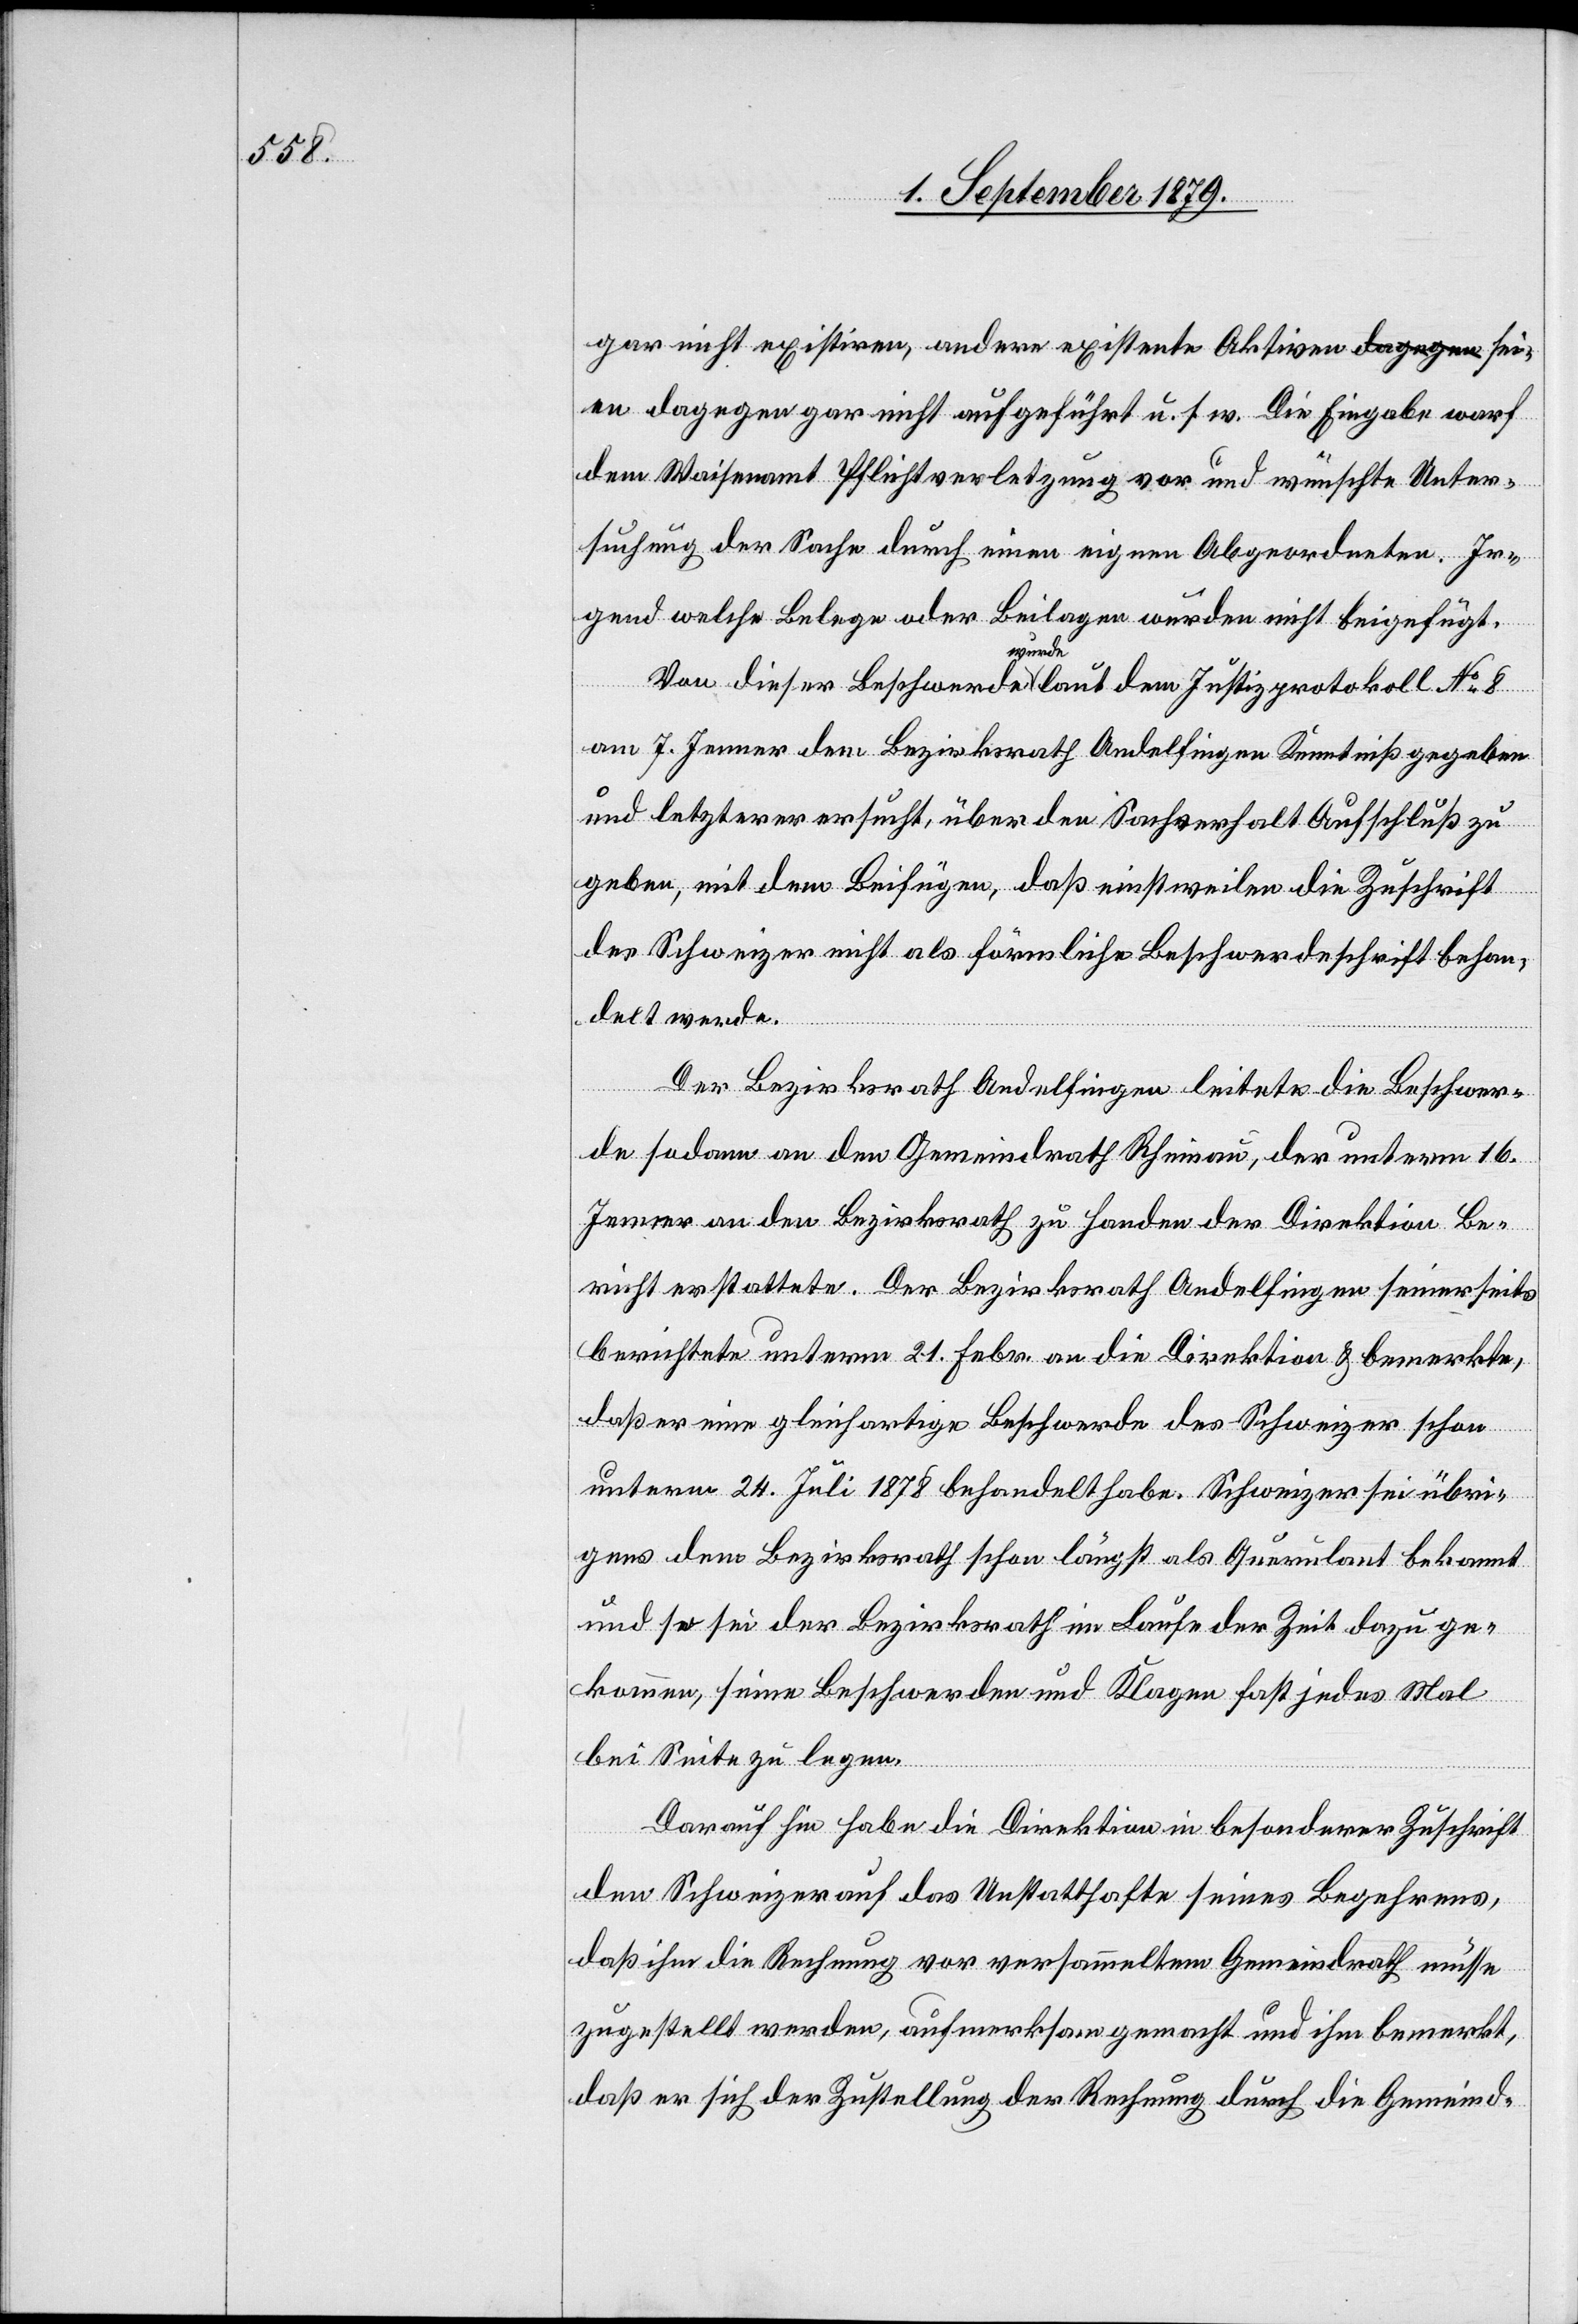
gar nicht existiren, andere existente Aktiven sei¬
en dagegen gar nicht aufgeführt u. s. w. Die Eingabe warf
dem Waisenamt Pflichtverletzung vor und wünschte Unter¬
suchung der Sache durch einen eigenen Abgeordneten. Ir¬
gend welche Belege oder Beilagen wurden nicht beigefügt.
Von dieser Beschwerde wurde laut dem Justizprotokoll No 8
am 7. Jenner dem Bezirksrath Andelfingen Kenntniß gegeben
und letzterer ersucht, über den Sachverhalt Aufschluß zu
geben, mit dem Beifügen, daß einstweilen die Zuschrift
des Schweizer nicht als förmliche Beschwerdeschrift behan¬
delt werde.
Der Bezirksrath Andelfingen leitete die Beschwer¬
de sodann an den Gemeindrath Rheinau, der unterm 16.
Jenner an den Bezirksrath zu Handen der Direktion Be¬
richt erstattete. Der Bezirksrath Andelfingen seinerseits
berichtete unterm 21. Febr. an die Direktion & bemerkte,
daß er eine gleichartige Beschwerde des Schweizer schon
unterm 24. Juli 1878 behandelt habe. Schweizer sei übri¬
gens dem Bezirksrath schon längst als Querulant bekannt
und so sei der Bezirksrath im Laufe der Zeit dazu ge¬
kommen, seine Beschwerden und Klagen fast jedes Mal
bei Seite zu legen.
Darauf hin habe die Direktion in besonderer Zuschrift
den Schweizer auf das Unstatthafte seines Begehrens,
daß ihm die Rechnung vor versammeltem Gemeindrath müsse
zugestellt werden, aufmerksam gemacht und ihm bemerkt,
daß er sich der Zustellung der Rechnung durch die Gemeind-